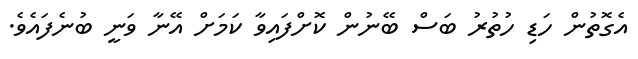
އެގޮތުން ހަޑި ހުތުރު ބަސް ބޭނުން ކޮށްފައިވާ ކަމަށް އޭނާ ވަނީ ބުނެފައެވެ.